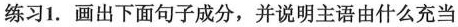
练习1.画出下面句子成分,并说明主语由什么充当